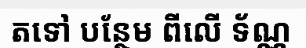
តទៅ បន្ថែម ពីលើ ទ័ណ្ណ